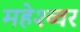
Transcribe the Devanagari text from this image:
महेश्व्वर